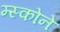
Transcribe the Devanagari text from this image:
म्स्कोने